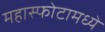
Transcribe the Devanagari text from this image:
महास्फोटामध्ये